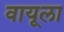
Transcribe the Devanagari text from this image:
वायूला